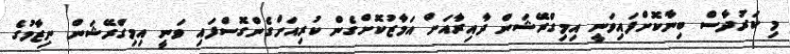
މި ކަރުދާސް ބިނާކޮށްފައިވަނީ އިމިގްރޭޝަން ދާއިރާއަށް އަމާޒުކޮށްގެން ކުރިއަށްގެންގޮސްފައި ވަނީ އިމިގްރޭޝަން ނިޒާމުގެ